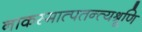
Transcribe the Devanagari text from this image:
नाकस्मात्पतन्त्यश्रूणि